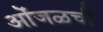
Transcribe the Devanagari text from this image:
ओंजळची